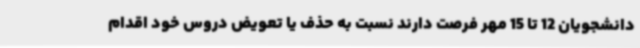
دانشجویان 12 تا 15 مهر فرصت دارند نسبت به حذف یا تعویض دروس خود اقدام